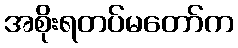
အစိုးရတပ်မတော်က